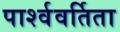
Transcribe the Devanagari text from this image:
पार्श्ववर्तिता